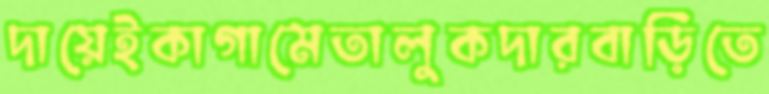
দায়েইকাগামেতালুকদারবাড়িতে